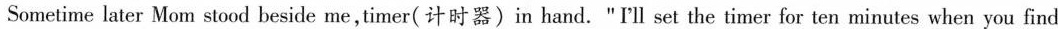
Sometime later Mom stood beside me,timer(计时器)in hand. "I'll set the timer for ten minutes when you find